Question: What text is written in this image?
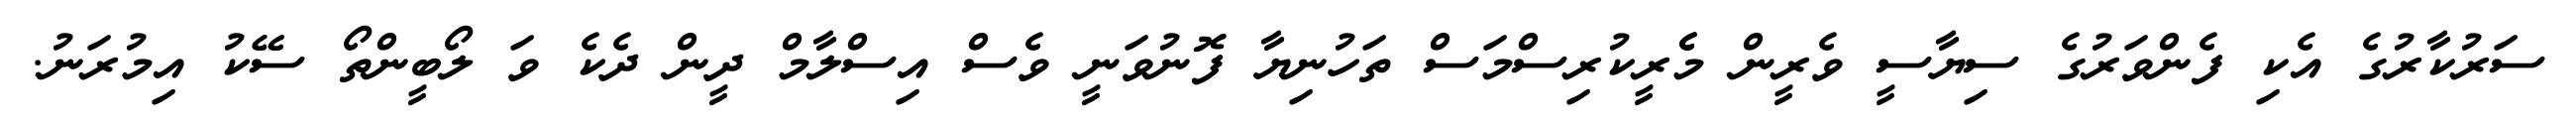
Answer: ސަރުކާރުގެ އެކި ފެންވަރުގެ ސިޔާސީ ވެރީން މެެރީކުރިސްމަސް ތަހުނިޔާ ފޮނުވަނީ ވެސް އިސްލާމް ދީން ދެކެ ވަ ލޯބީންތޯ ސޭކު އިމުރަނު.